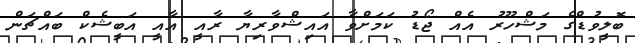
ބޮލީވުޑްގެ މަޝްހޫރު އެއް ޖޯޑު ކަމަށްވާ އައިޝްވާރިޔާ ރާއީ އާއީ އަބީޝެކް ބައްޗަން